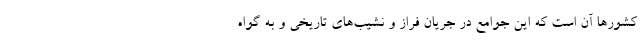
کشورها آن است که این جوامع در جریان فراز و نشیب‌های تاریخی و به گواه